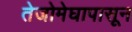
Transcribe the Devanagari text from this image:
तेजोमेघापासून